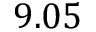
9 . 0 5